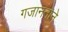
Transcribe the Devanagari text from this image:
गजाननाने